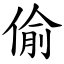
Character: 偷